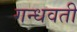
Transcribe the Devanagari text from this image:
गन्धवती